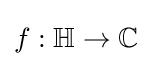
f:\mathbb {H} \to \mathbb {C}